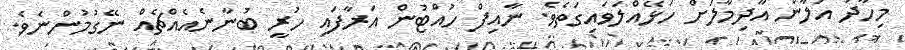
މިހާދު އަލާން އާދިމާލަށް ހަޅޭއްލަވައިގަތެވެ. ނާއިފް ހުއްޓުން އަރާފައި ހުރީ ބުނާނެއެއްޗެއް ނޭގުމުންނެވެ.